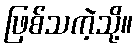
ဖြစ်သကဲ့သို့။